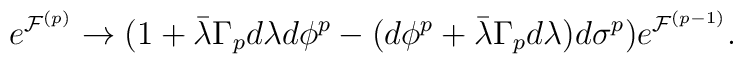
e^{{\cal F}^{(p)}} \rightarrow \big(1 + \bar\lambda \Gamma_p d \lambda d \phi^p -(d \phi^p +  \bar\lambda \Gamma_p d\lambda)d \sigma^p\big) e^{{\cal F}^{(p-1)}}.